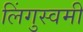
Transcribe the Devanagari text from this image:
लिंगुस्वमी